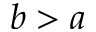
b > a